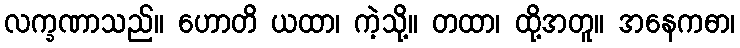
လက္ခဏာသည်။ ဟောတိ ယထာ၊ ကဲ့သို့။ တထာ၊ ထို့အတူ။ အနေကဓာ၊